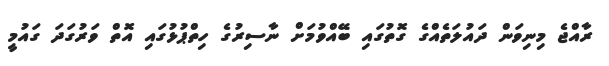
ރާއްޖެ މިނިވަން ދައުލަތެއްގެ ގޮތުގައި ބޭއްވުމަށް ނާސިރުގެ ހިތްޕުޅުގައި އޮތް ވަރުގަދަ ގައުމީ